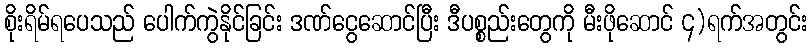
စိုးရိမ်ရပေသည် ပေါက်ကွဲနိုင်ခြင်း ဒဏ်ငွေဆောင်ပြီး ဒီပစ္စည်းတွေကို မီးဖိုဆောင် ၄)ရက်အတွင်း